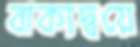
বাক্যদ্বয়ে